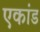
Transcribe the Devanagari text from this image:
एकांड